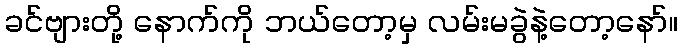
ခင်ဗျားတို့ နောက်ကို ဘယ်တော့မှ လမ်းမခွဲနဲ့တော့နော်။